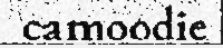
camoodie